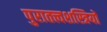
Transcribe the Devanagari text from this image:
पुरातत्त्वशस्त्रियों